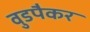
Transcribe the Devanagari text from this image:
वुडपैकर